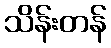
သိန်းတန်